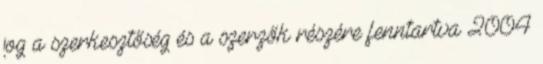
jog a szerkesztőség és a szerzők részére fenntartva 2004